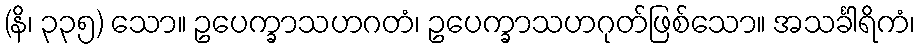
(နိ၊ ၃၃၅) သော။ ဥပေက္ခာသဟဂတံ၊ ဥပေက္ခာသဟဂုတ်ဖြစ်သော။ အသင်္ခါရိကံ၊